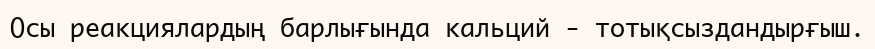
Осы реакциялардың барлығында кальций - тотықсыздандырғыш.